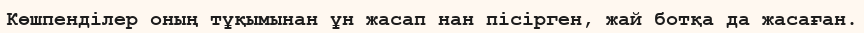
Көшпенділер оның тұқымынан ұн жасап нан пісірген, жай ботқа да жасаған.